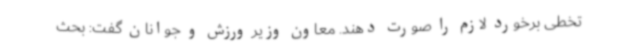
تخطی برخورد لازم را صورت دهند. معاون وزیر ورزش و جوانان گفت: بحث